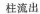
柱流出